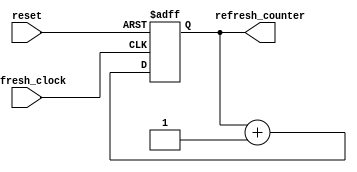
`timescale 1ns / 1ps
//////////////////////////////////////////////////////////////////////////////////
// Company: 
// Engineer: 
// 
// Design Name: 
// Module Name: binary_counter
// Project Name: 
// Target Devices: 
// Tool Versions: 
// Description: 
// 
// Dependencies: 
// 
// Revision:
// Revision 0.01 - File Created
// Additional Comments:
// 
//////////////////////////////////////////////////////////////////////////////////


module binary_counter #(parameter n=2)(input refresh_clock, 
output reg[n-1:0] refresh_counter=0,input reset
);

always@(posedge refresh_clock,posedge reset) begin
if(reset)
refresh_counter<=0;
else
refresh_counter<= refresh_counter + 1;
end
endmodule